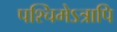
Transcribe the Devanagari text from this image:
पश्चिमेऽत्रापि